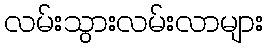
လမ်းသွားလမ်းလာများ